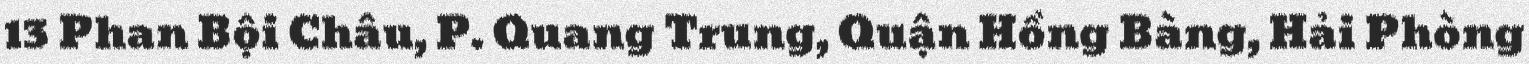
13 Phan Bội Châu, P. Quang Trung, Quận Hồng Bàng, Hải Phòng